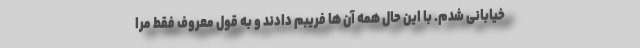
خیابانی شدم. با این حال همه آن ها فریبم دادند و به قول معروف فقط مرا